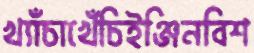
খ্যাঁচাখেঁচিইঞ্জিনবিশ